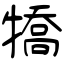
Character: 犞